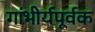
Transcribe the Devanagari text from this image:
गांभीर्यपूर्वक